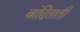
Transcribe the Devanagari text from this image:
बांदिताती